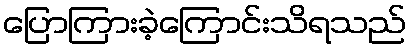
ပြောကြားခဲ့ကြောင်းသိရသည်